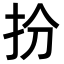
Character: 𢪅